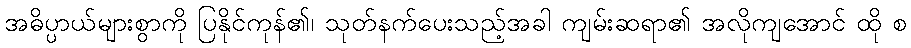
အဓိပ္ပာယ်များစွာကို ပြနိုင်ကုန်၏၊ သုတ်နက်ပေးသည့်အခါ ကျမ်းဆရာ၏ အလိုကျအောင် ထို စ